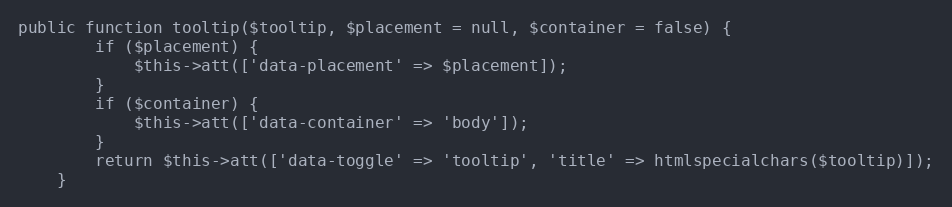
Language: PHP
public function tooltip($tooltip, $placement = null, $container = false) {
        if ($placement) {
            $this->att(['data-placement' => $placement]);
        }
        if ($container) {
            $this->att(['data-container' => 'body']);
        }
        return $this->att(['data-toggle' => 'tooltip', 'title' => htmlspecialchars($tooltip)]);
    }